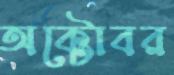
অক্টোবর